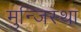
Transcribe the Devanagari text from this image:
मुन्जिस्था